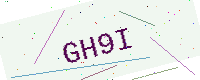
Text: GH9I